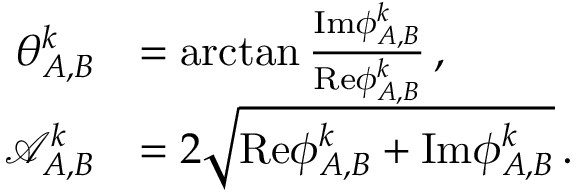
\begin{array} { r l } { \theta _ { A , B } ^ { k } } & { = \arctan \frac { \mathrm { I m } { \phi } _ { A , B } ^ { k } } { \mathrm { R e } { \phi } _ { A , B } ^ { k } } \, , } \\ { \mathcal { A } _ { A , B } ^ { k } } & { = 2 \sqrt { \mathrm { R e } { \phi } _ { A , B } ^ { k } + \mathrm { I m } { \phi } _ { A , B } ^ { k } } \, . } \end{array}